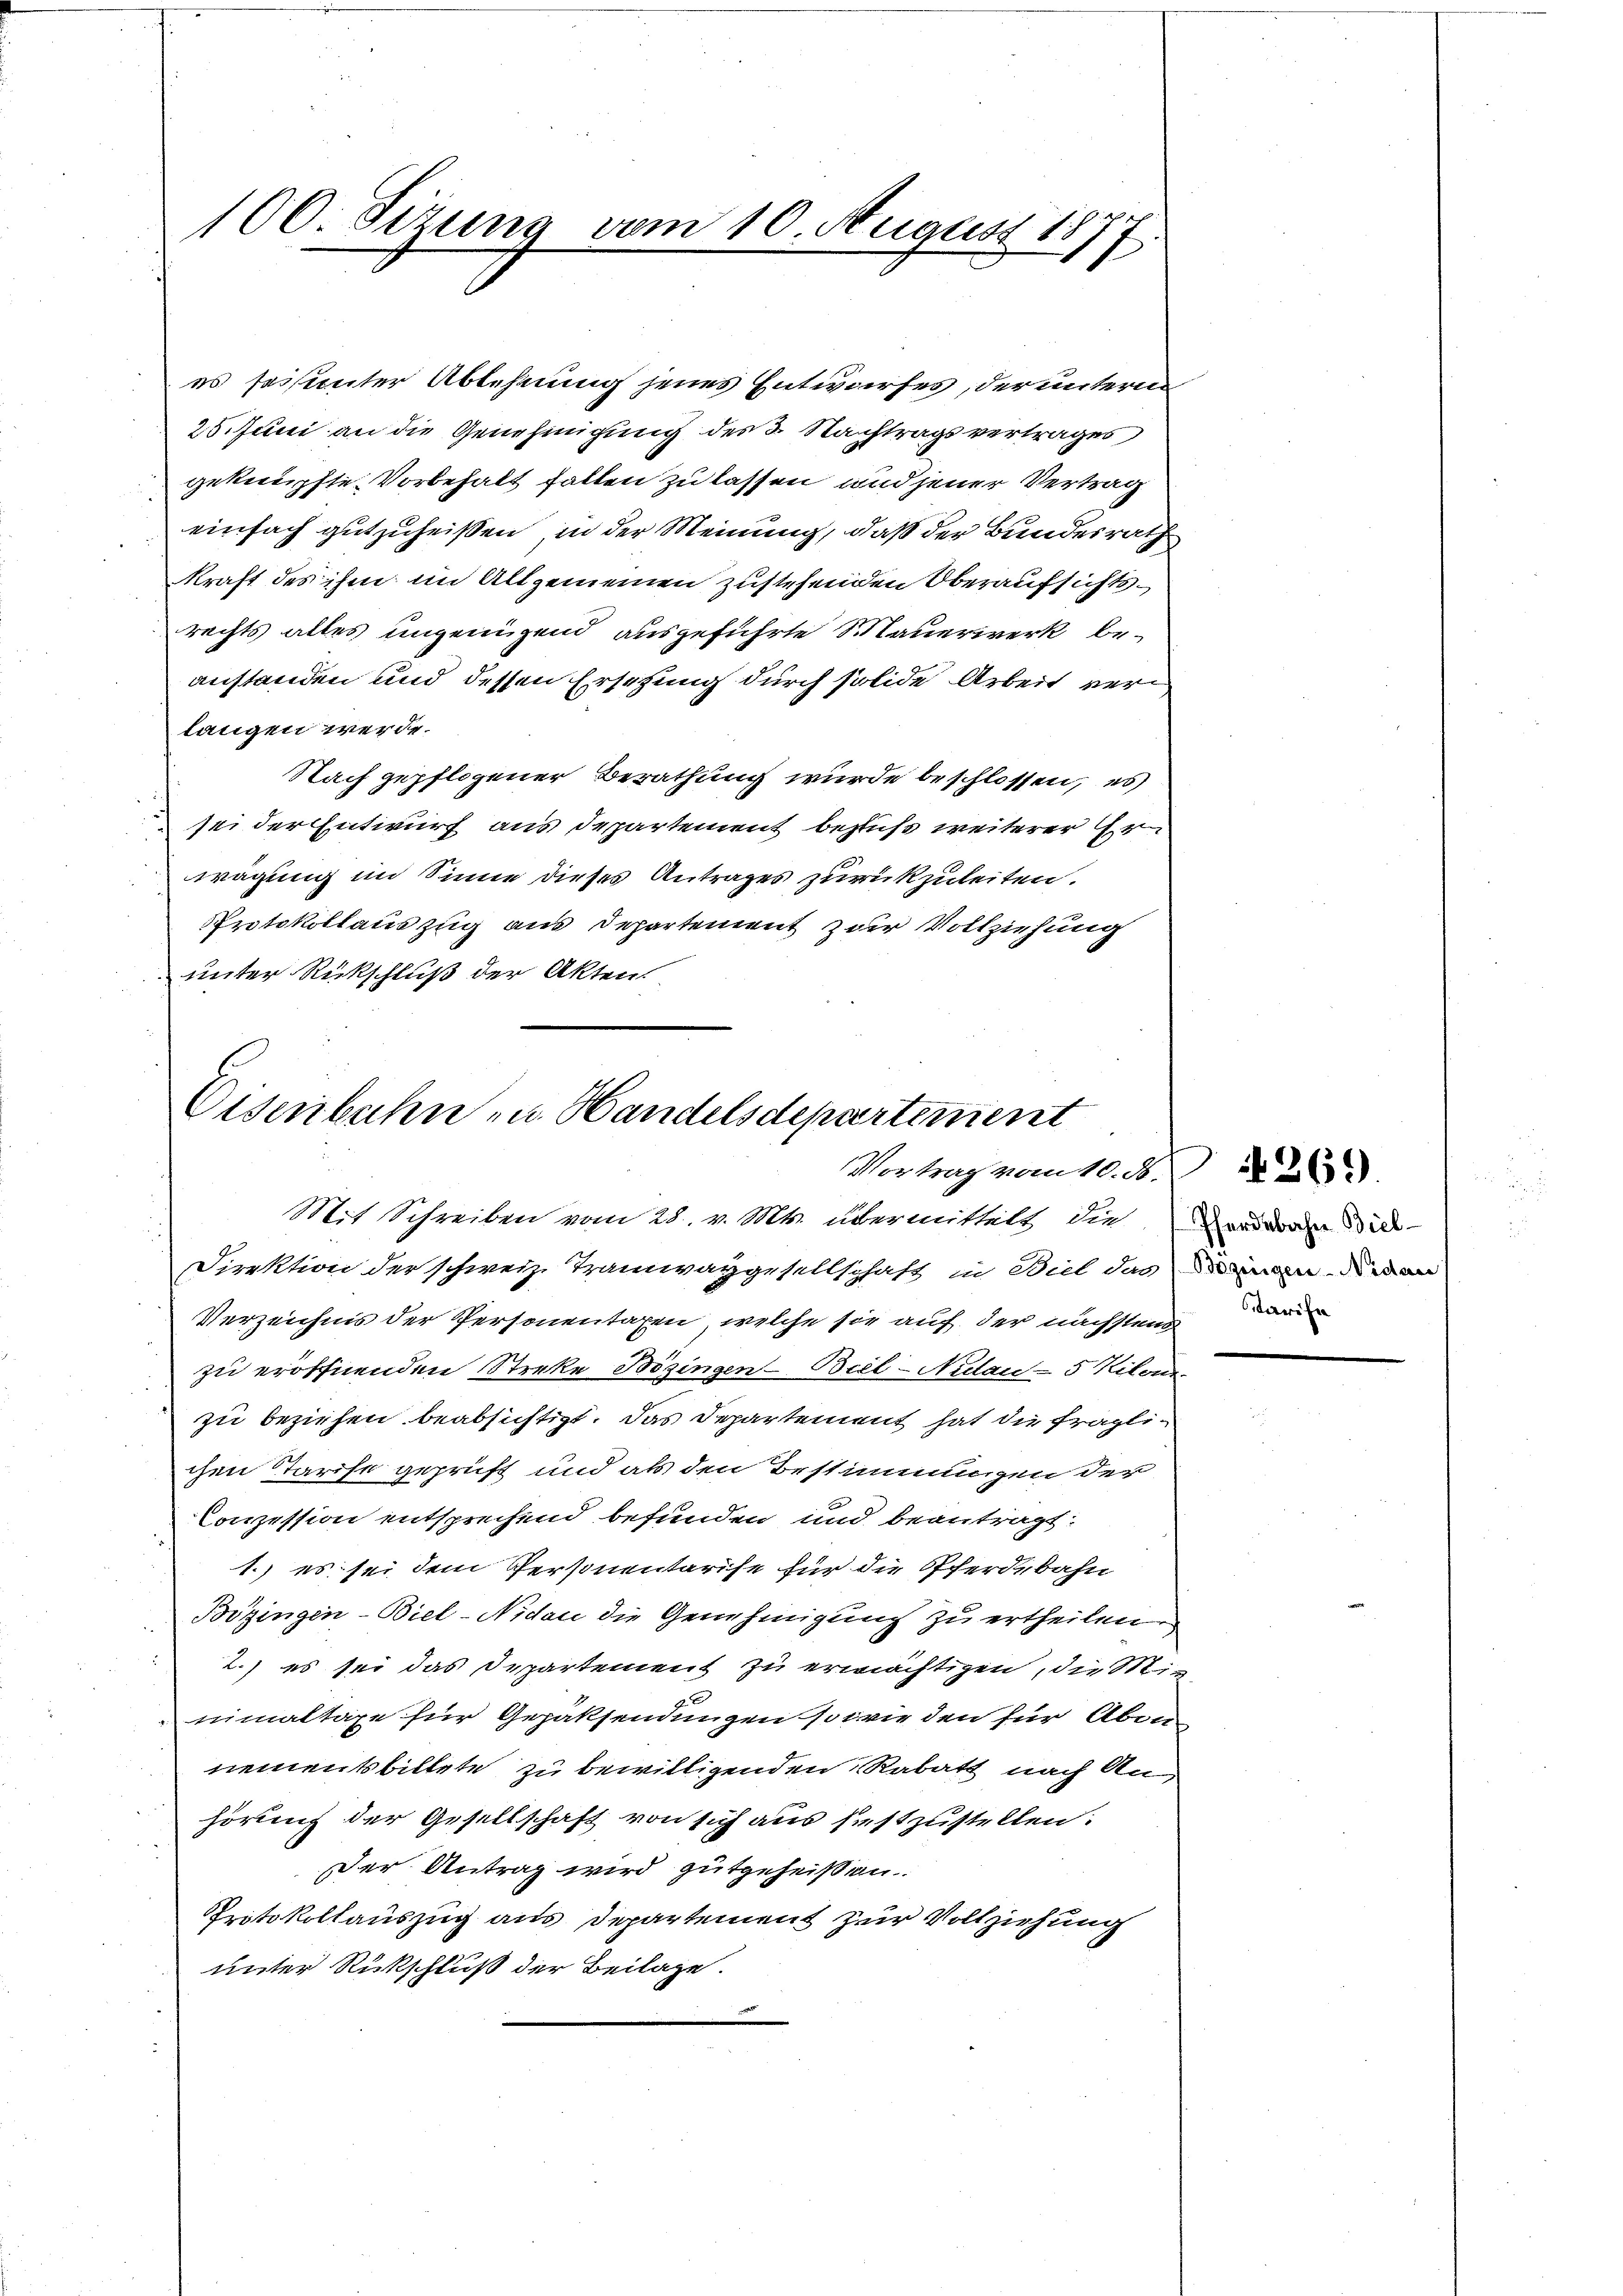
100. Sizung vom 10. August 1877.

es seisinter Ablehnung jenes Entwurfes, der unterm
25. Juni an die Genehmigung des 3. Nachtragsvertrages
geknüpfte Vorbehalt fallen zu lassen und jener Vertrag
einfach gutzuheißen, in der Meinung, daß der Bundesrath
kraft des ihm im Allgemeinen zustehenden Oberaufsichtsrechts alles ungenügend ausgeführte Mauerwerk beanstanden und dessen Ersetzung durch solide Arbeit verlangen werde.
Nach gepflogener Berathung wurde beschlossen, es
sei der Entwurf aus Departement bezius weiterer Er
wägung im Sinne dieses Antrages zurückzuleiten.
Protokollauszug aus Departement zur Vollziehung
unter Rückschluß der Akten.

Eisenbahn- u. Handelsdepartement
Vortrag vom 10. d.
Mit Schreiben vom 28. v. Mts. übermittelt die Vorderen Bie-

Direktion der schweiz. Tramwaygesellschaft in Biel das man die an
Verzeichnis der Personentaxen, welche sie auf der nächstens
zu eröffnenden Streke Bösingen - Beil-Nidau - 5 Kilons-
zu beziehen beabsichtigt. Das Departement hat die fraglichen Tarife geprüft und als den Bestimmungen der
Conzession entsprechend befunden und beantragt:
1.) es sei dem Personentarise für die Pferdebahn
Bözingen-Biel-Nidau die Genehmigung zu ertheilen.
2.) es sei das Departement zu erwächtigen, die Min
nimaltaxe für Gepäksendungen sowie den für Abon-
nementsbillete, zu bewilligenden Rabatt nach Anhörung der Gesellschaft von sich aus siestzustellen:
Der Antrag wird gutgeheißen.
Protokollauszug aus Departement zur Vollziehung
unter Rückschluß der Beilage.
-

arife